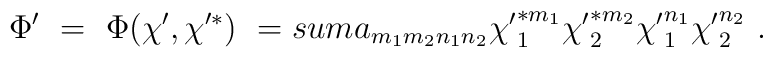
\Phi '\ =\ \Phi (\chi ' ,\chi '^* )\ =\\sum a_{m_1 m_2 n_1 n_2}{\chi '}_1^{*m_1} {\chi '}_2^{*m_2} {\chi '}_1^{n_1} {\chi '}_2^{n_2} \ .